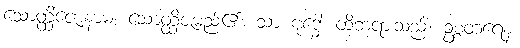
သောတ္ထိဇောနာမ၊ သောတ္ထိဇမည်၏။ သာ ဗုဒ္ဓေါ၊ ထိုဘုရားသည်။ ဥစ္စတရေန၊